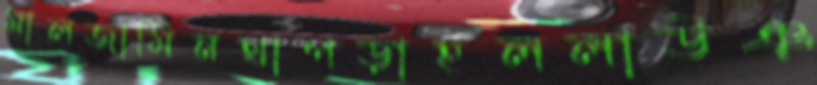
মালজামিনথাপড়াহললাউঞ্